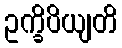
ဥက္ခိပိယျတိ